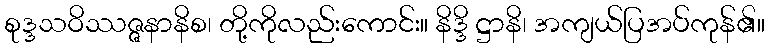
စုဒ္ဒသဝိဿဇ္ဇနာနိစ၊ တို့ကိုလည်းကောင်း။ နိဒ္ဒိ ဋ္ဌာနိ၊ အကျယ်ပြအပ်ကုန်၏။